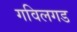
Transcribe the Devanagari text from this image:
गविलगड